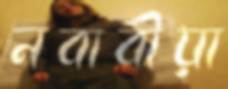
নবাবীয়া